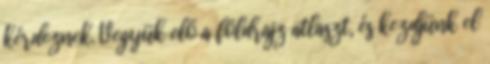
kérdeznek. Vegyük elő a földrajz atlaszt, és kezdjünk el